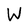
Character: W